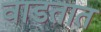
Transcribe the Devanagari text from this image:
वाडतात